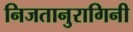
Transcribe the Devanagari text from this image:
निजतानुरागिनी